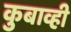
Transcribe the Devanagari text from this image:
कुबाव्ही